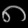
Digit: ၈